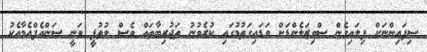
ސިފައިންނަށް ފިލައިގެން ސްވިޒަލެންޑަށް ވަޑައިގަތުމުގައި ކުރެވުނު ތަޖުރިބާތައް ވެސް ލުތުފީ ވަނީ ސަންއެފްއެމާއެކު